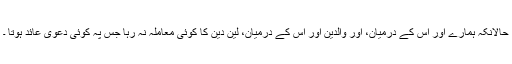
حالانکہ ہمارے اور اس کے درمیان، اور والدین اور اس کے درمیان، لین دین کا کوئی معاملہ نہ رہا جس پہ کوئی دعویٰ عائد ہوتا ۔